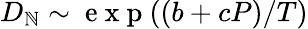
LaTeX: D_{\mathbb{N}}\sim\mathrm{{~e~x~p~}}((b+cP)/T)